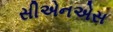
સીએનએસ